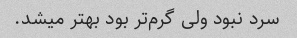
سرد نبود ولی گرم‌تر بود بهتر میشد.